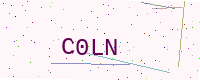
Text: C0LN